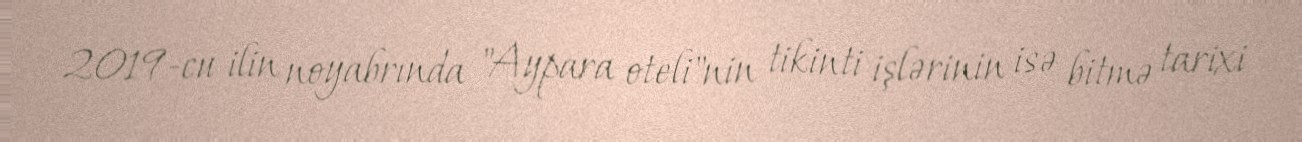
2019-cu ilin noyabrında "Aypara oteli"nin tikinti işlərinin isə bitmə tarixi